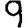
Digit: 9